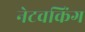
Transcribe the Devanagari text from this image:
नेटवकिंग